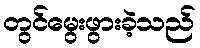
တွင်မွေးဖွားခဲ့သည်